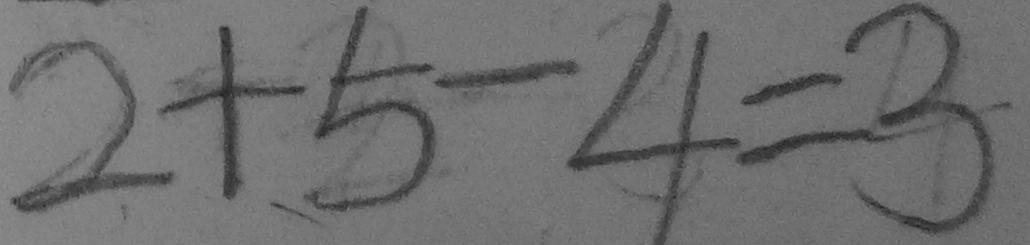
2 + 5 - 4 = 3